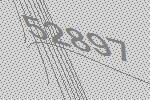
52897